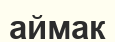
аймак